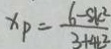
x _ { P } = \frac { 6 - 8 k ^ { 2 } } { 3 + 4 t ^ { 2 } }